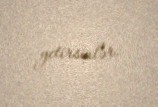
yetirsinlər.